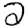
Digit: 2